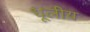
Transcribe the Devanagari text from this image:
धूलीय